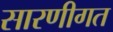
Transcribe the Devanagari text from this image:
सारणीगत